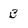
Character: B